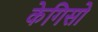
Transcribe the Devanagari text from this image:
केगिसो